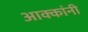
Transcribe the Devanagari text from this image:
आक्कांनी